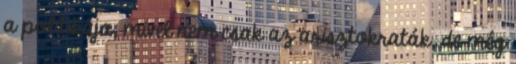
a politikája, mivel nem csak az arisztokraták, de még